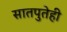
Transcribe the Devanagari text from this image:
सातपुतेही